Report of the King Institute of Preventive Medicine, Guindy
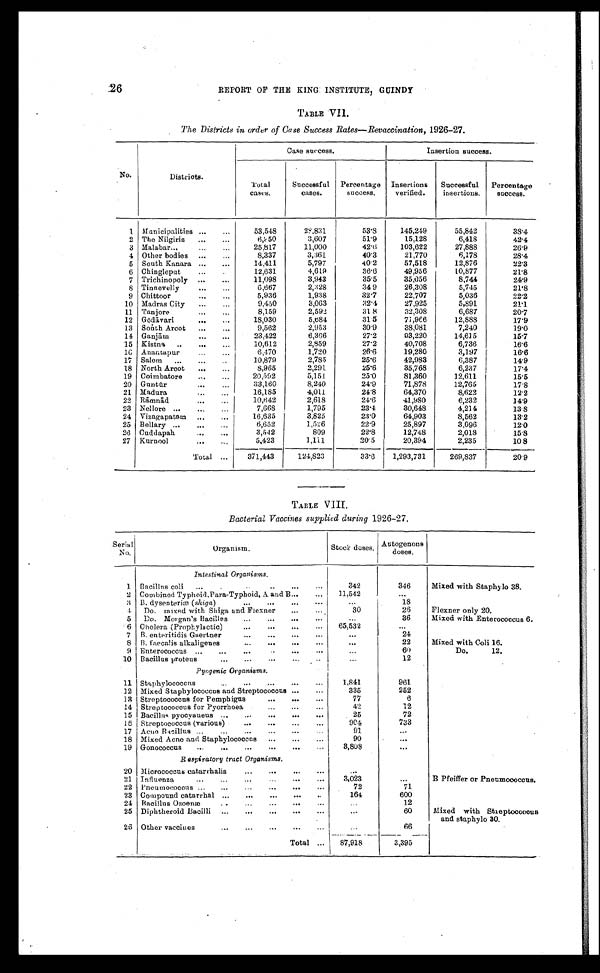
26
REPORT OF THE KING INSTITUTE, GUINDY
TABLE VII.
The Districts in order of Case Success Rates—Revaccination, 1926-27.
No.
Districts.
Case success.
Insertion success.
Total
cases.
Successful
cases.
Percentage
success.
Insertions
verified.
Successful
insertions.
Percentage
success.
1 Manicipalities . . .
53,548
28,831
53.8
145,249
55,842
38.4
2
The Nilgiris . . .
6,950
3,607
51.9
15,128
6,418
42.4
3 Malabar . . .
25,817
11,000
42.6
103,622
27,888
26.9
4
Other bodies . . .
8,337
3,361
40.3
21,770
6,178
28.4
5
South Kanara . . .
14,411
5,797
40.2
57,518
12,876
22.3
6
Chingleput . . .
12,631
4,619
36.6
49,956
10,877
21.8
7
Trichinopoly . . .
11,098
3,943
35.5
35,056
8,744
24.9
8
Tinnevelly . . .
6,667
2,328
34.9
26,308
5,745
21.8
9
Chittoor . . .
5,936
1,938
32.7
22,707
5,036
22.2
10
Madras City . . .
9,450
3,063
32.4
27,925
5,891
21.1
11
Tanjore . . .
8,159
2,592
31.8
32,308
6,687
20.7
12
Gō dā vari . . .
18,030
5,684
31.5
71,966
12,888
17.9
13
South Arcot . . .
9,562
2,953
30.9
38,081
7,240
19.0
14
Ganjām . . .
23,422
6,366
27.2
93,220
14,615
15.7
15
Kistna . . .
10,612
2,859
27.2
40,708
6,736
16.6
16
Anantapur . . .
6,470
1,720
26.6
19,280
3,197
16.6
17
Salem . . .
10,879
2,785
25.6
42,983
6,387
14.9
18
North Arcot . . .
8,965
2,291
25.6
35,768
6,237
17.4
19
Coimbatore . . .
20,592
5,151
25.0
81,360
12,611
15.5
20
Guntū r . . .
33,160
8,240
24.9
71,878
12,765
17.8
21
Madura . . .
16,185
4,011
24.8
64,370
8,622
12.2
22 Rāmnā d . . .
10,642
2,618
24.6
41,980
6,232
14.9
23
Nellore . . .
7,668
1,795
23.4
30,648
4,214
13.8
24
Vizagapatam . . .
16,635
3,825
23.0
64,903
8,562
13.2
25
Bellary . . .
6,652
1,526
22.9
25,897
3,096
12.0
26 Cuddapah . . .
3,542
809
22.8
12,748
2,018
15.8
27
Kurnool . . .
5,423
1,111
20.5
20,394
2,235
10.8
Total . . .
371,443
124,823
33.6
1,293,731
269,837
20.9
TABLE VIII.
Bacterial Vaccines supplied during 1926-27.
Serial
No.
Organism.
Stock doses.
Autogenous
doses.
Intestinal Organisms.
1
Bacillus coli . . .
342
346
Mixed with Staphylo 38.
2
Combined Typhoid, Para-Typhoid, A. and B . . .
11,542
. . .
3
B. dysenteriæ ( shiga )
.
.
.
. . .
18
4
Do. mixed with Shiga and Flexner . . .
30
26
Flexner only 20.
5
Do. Morgan's Bacillus . . .
. . .
36
Mixed with Enterococcus 6.
6
Cholera (Prophylactic) . . .
65,532
. . .
7
B. enteritidis Gaertner . . .
. . .
24
8
B. faecalis alkaligenes
. . .
22
Mixed with Coli 16.
9
Enterococcus . . .
. . .
6 0
Do.
12.
10 Bacillus proteus . . .
. . .
12
Pyogenic Organisms .
11
Staphylococcus . . .
1,841
961
12
Mixed Staphylococcus and Streptococcus . . .
335
252
13
Streptococcus for Pemphigus . . .
77
6
14
Streptococcus for Pyorrhoea . . .
42
12
15
Bacillu pyocyaneus . . .
25
72
16
Streptococcus (various) . . .
904
733
17
Acne Bacillus . . .
91
. . .
18
Mixed Acne and Staphylococcus . . .
90
. . .
19
Gonococcus . . .
3,808
. . .
Respiratory truct Organisms.
20
Micrococcus catarrhalis . . .
. . .
21
Influenza . . .
3,023
. . .
B Pfeiffer or Pneumococcus.
22 Pneumococcus . . .
72
71
23
Compound catarrhal . . .
164
600
24
Bacillus Ozoenæ . . .
. . .
12
25
Diphtheroid Bacilli . . .
. . .
60
Mixed with Streptococcus
and staphylo 30.
26 Other vaccines . . .
. . .
66
Total . . .
8 7 , 9 1 8
3,395